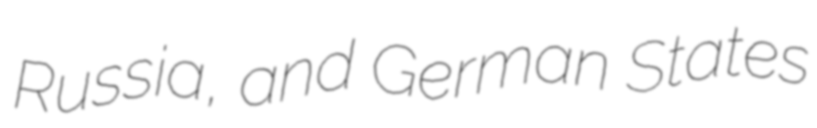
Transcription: Russia, and German States